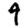
Digit: 9